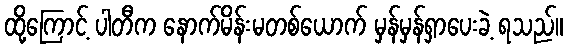
ထို့ကြောင့် ပါတီက နောက်မိန်းမတစ်ယောက် မှန်မှန်ရှာပေးခဲ့ ရသည်။